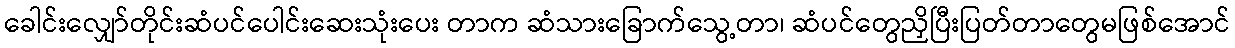
ခေါင်းလျှော်တိုင်းဆံပင်ပေါင်းဆေးသုံးပေး တာက ဆံသားခြောက်သွေ့တာ၊ ဆံပင်တွေညှိပြီးပြတ်တာတွေမဖြစ်အောင်